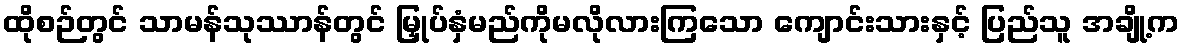
ထိုစဉ်တွင် သာမန်သုဿာန်တွင် မြှုပ်နှံမည်ကိုမလိုလားကြသော ကျောင်းသားနှင့် ပြည်သူ အချို့က